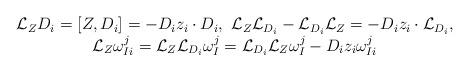
LaTeX: \begin{align*}\begin{array}{c}\mathcal L_ZD_i=[Z,D_i]=-D_iz_i\cdot D_i,\ \mathcal L_Z\mathcal L_{D_i}-\mathcal L_{D_i}\mathcal L_Z=-D_iz_i\cdot\mathcal L_{D_i},\\\mathcal L_Z\omega^j_{Ii}=\mathcal L_Z\mathcal L_{D_i}\omega^j_I=\mathcal L_{D_i}\mathcal L_Z\omega^j_I-D_iz_i\omega^j_{Ii}\end{array}\end{align*}